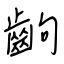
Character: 齣